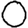
Digit: 0